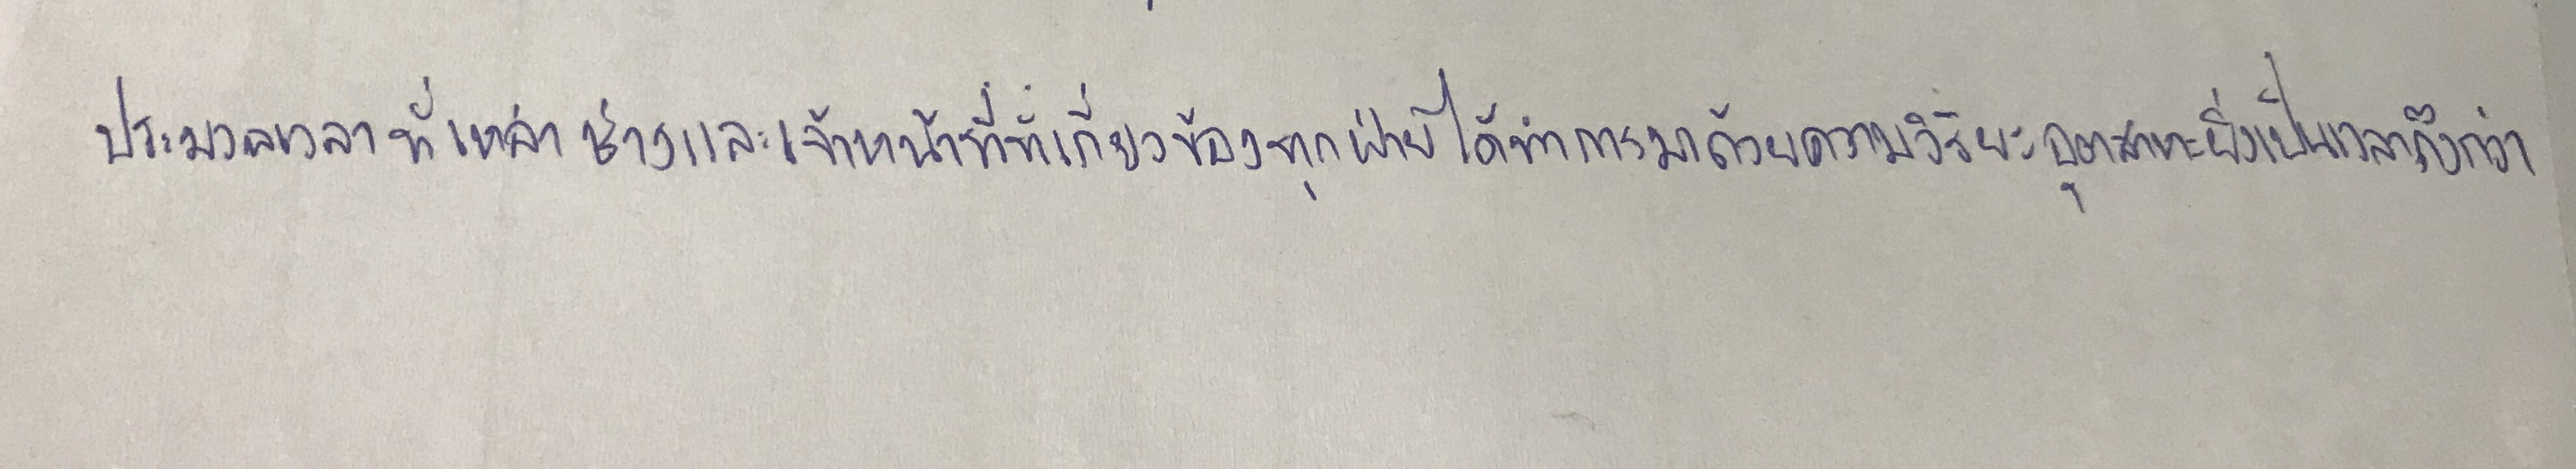
ประมวลเวลาที่เหล่าช่างและเจ้าหน้าที่ที่เกี่ยวข้องทุกฝ่ายได้ทำการมาด้วยความวิริยะอุตสาหะยิ่งเป็นเวลาถึงกว่า